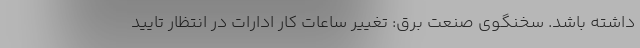
داشته باشد. سخنگوی صنعت برق: تغییر ساعات کار ادارات در انتظار تایید